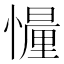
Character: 𢢳